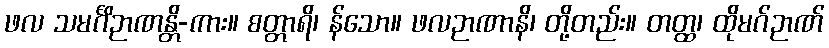
ဖလ သမင်္ဂိဉာဏန္တိ-ကား။ စတ္တာရိ၊ န်သော။ ဖလဉာဏာနိ၊ တို့တည်း။ တတ္ထ၊ ထိုမဂ်ဉာဏ်